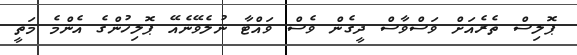
ޕޮލިސް ތެެެރެއަށް ވަސްވާސް ދީގެން ވެސް ވައްޓާ ނުލެވޭނެއޭ ޕޮލިހުންގެ އެންމެ މަތީ